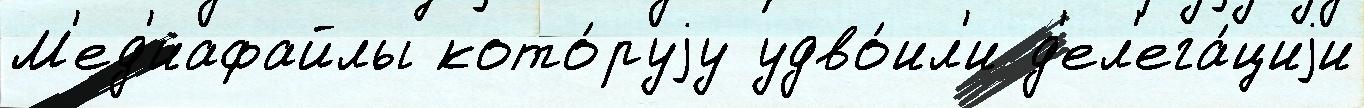
М'ед'иафайлы кото́руjу удво́ил'и д'ел'ега́циjи